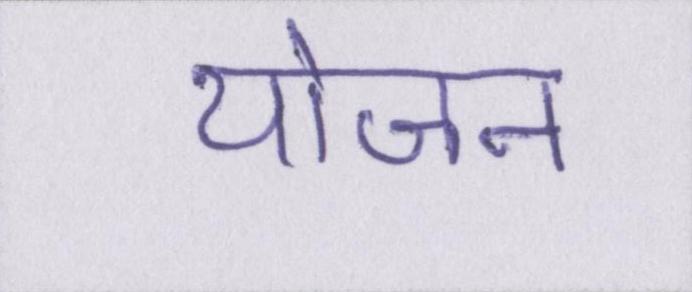
योजन